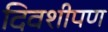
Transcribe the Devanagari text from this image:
दिवशीपण